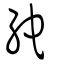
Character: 紽